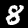
Label: 8